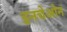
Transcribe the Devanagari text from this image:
इनचेओन